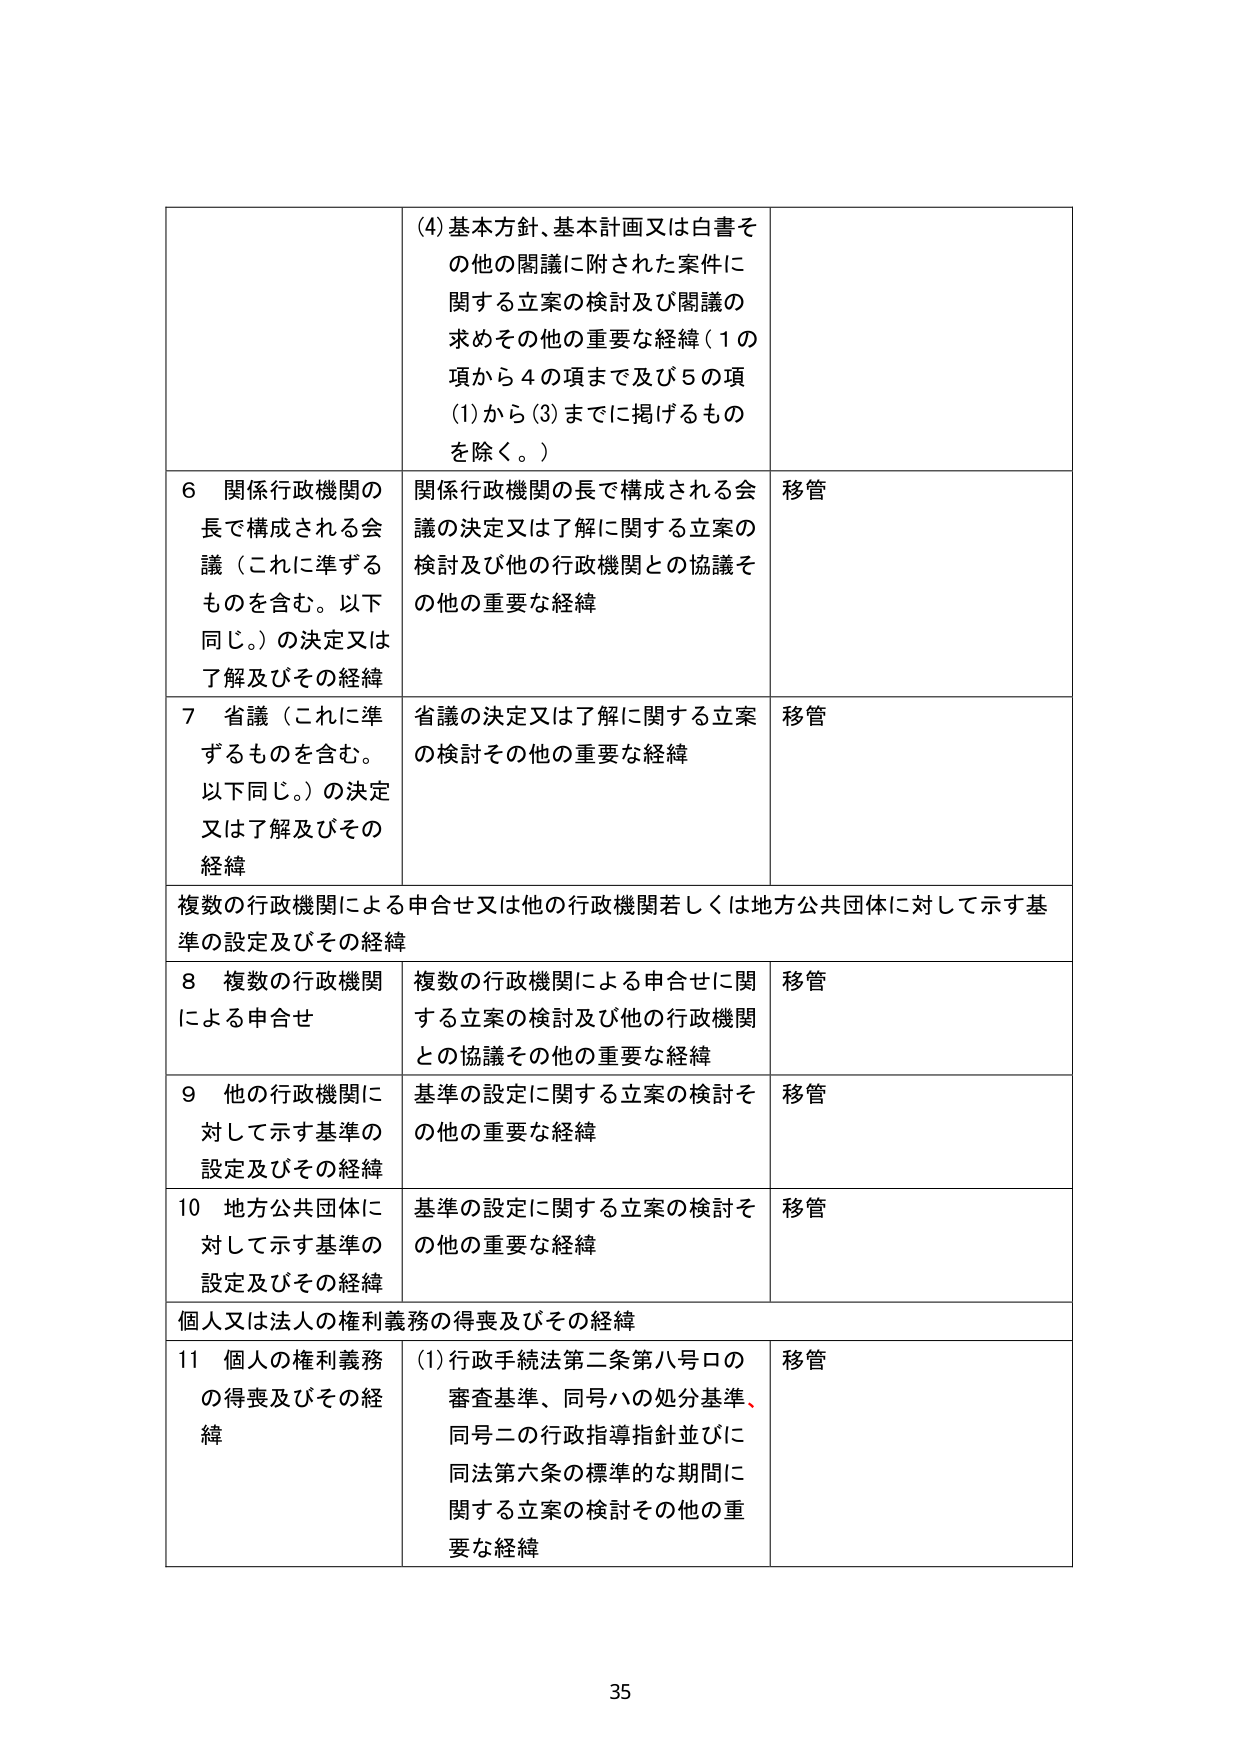
(4) 基本方針、基本計画又は白書その他の閣議に附された案件に関する立案の検討及び閣議の求めその他の重要な経緯（1の項から4の項まで及び5の項(1)から(3)までに掲げるものを除く。）

6 関係行政機関の長で構成される会議（これに準ずるものを含む。以下同じ。）の決定又は了解及びその経緯
関係行政機関の長で構成される会議の決定又は了解に関する立案の検討及び他の行政機関との協議その他の重要な経緯
移管

7 省議（これに準ずるものを含む。以下同じ。）の決定又は了解及びその経緯
省議の決定又は了解に関する立案の検討その他の重要な経緯
移管

複数の行政機関による申合せ又は他の行政機関若しくは地方公共団体に対して示す基準の設定及びその経緯

8 複数の行政機関による申合せ
複数の行政機関による申合せに関する立案の検討及び他の行政機関との協議その他の重要な経緯
移管

9 他の行政機関に対して示す基準の設定及びその経緯
基準の設定に関する立案の検討その他の重要な経緯
移管

10 地方公共団体に対して示す基準の設定及びその経緯
基準の設定に関する立案の検討その他の重要な経緯
移管

個人又は法人の権利義務の得喪及びその経緯

11 個人の権利義務の得喪及びその経緯
(1) 行政手続法第二条第八号ロの審査基準、同号ハの処分基準、同号ニの行政指導指針並びに同法第六条の標準的な期間に関する立案の検討その他の重要な経緯
移管

35